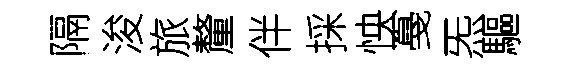
隔浚旅釐伴採怏戞炁驅